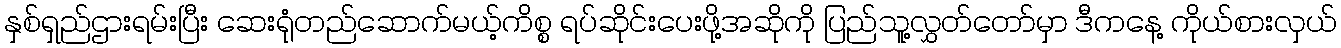
နှစ်ရှည်ဌားရမ်းပြီး ဆေးရုံတည်ဆောက်မယ့်ကိစ္စ ရပ်ဆိုင်းပေးဖို့အဆိုကို ပြည်သူ့လွှတ်တော်မှာ ဒီကနေ့ ကိုယ်စားလှယ်